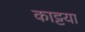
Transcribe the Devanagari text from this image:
काट्टया